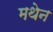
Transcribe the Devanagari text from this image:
मथेन